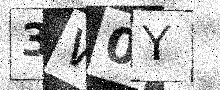
Text: 3W0Y